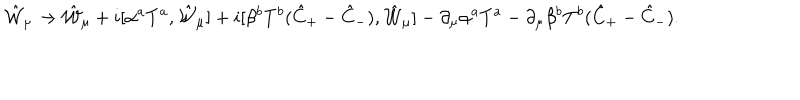
LaTeX: \hat { \cal W } _ { \mu } \to \hat { \cal W } _ { \mu } + i [ \alpha ^ { a } T ^ { a } , \hat { \cal W } _ { \mu } ] + i [ \beta ^ { b } T ^ { b } ( \hat { C } _ { + } - \hat { C } _ { - } ) , \hat { \cal W } _ { \mu } ] - \partial _ { \mu } \alpha ^ { a } T ^ { a } - \partial _ { \mu } \beta ^ { b } T ^ { b } ( \hat { C } _ { + } - \hat { C } _ { - } ) .